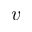
v